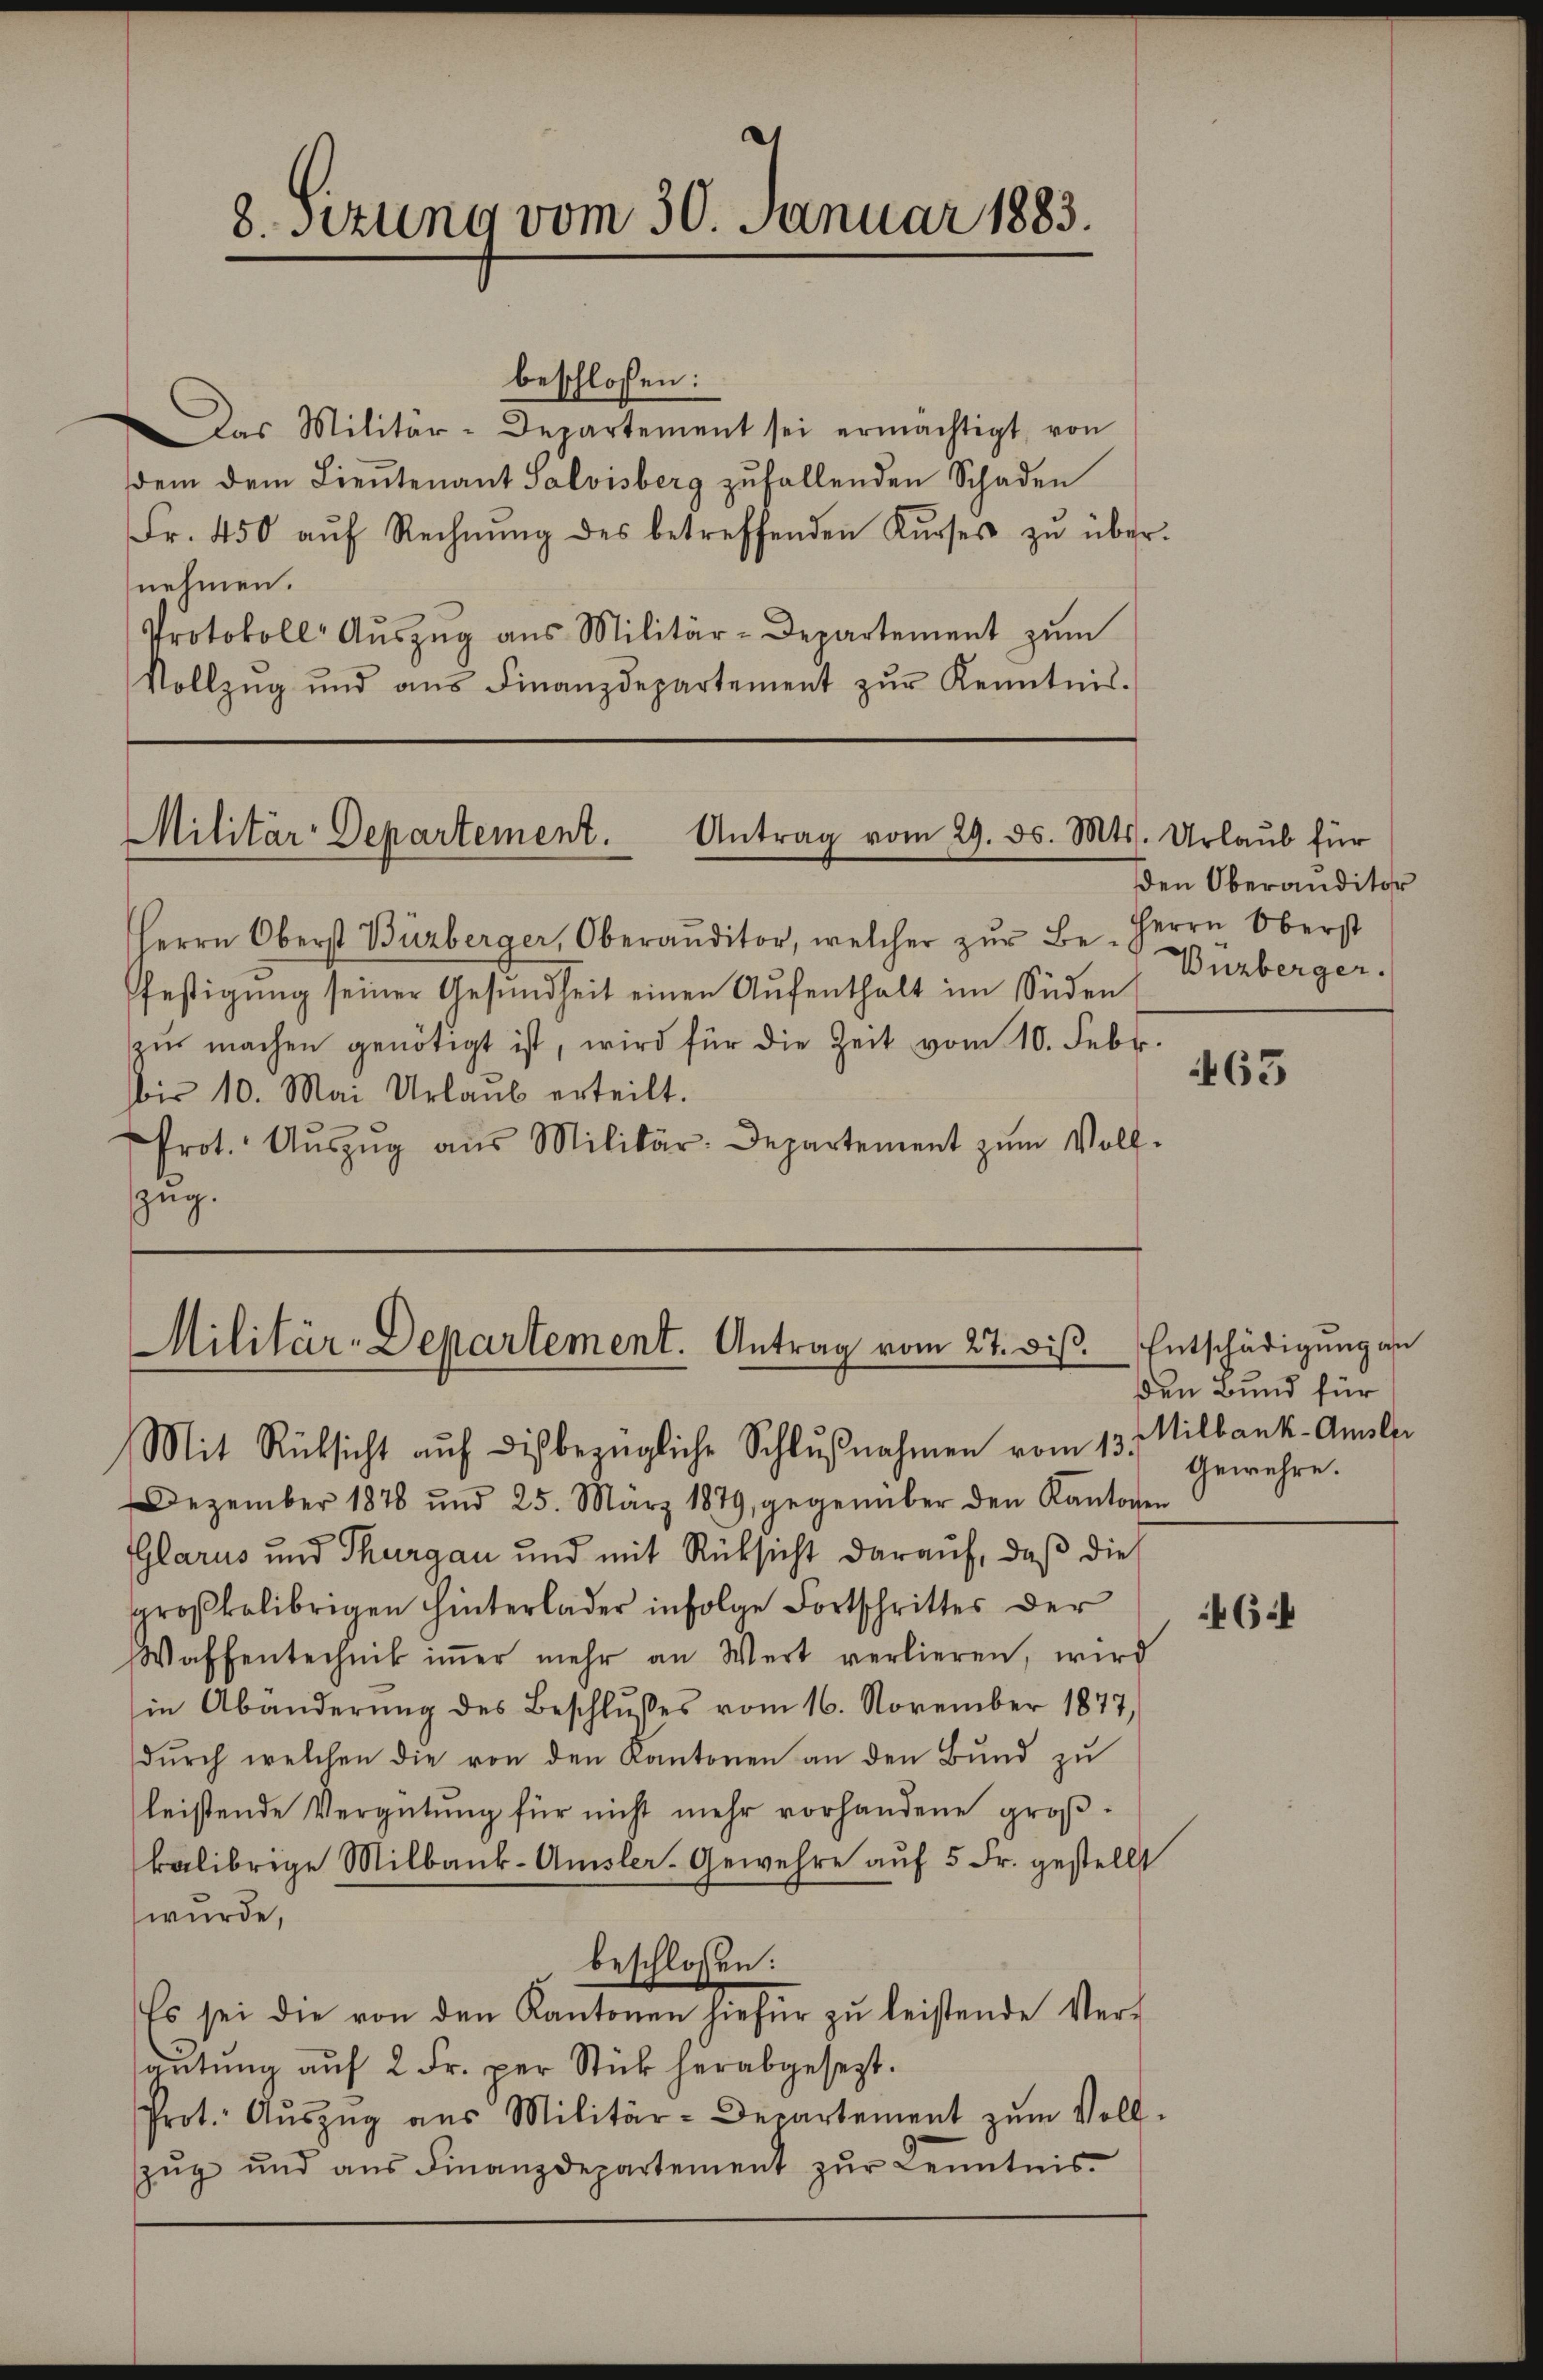
beschlossen:
Das Militär-Departement sei ermächtigt, von
dem dem Lieŭtenant Salvisberg zufallenden Schaden
Fr. 450 aŭf Rechnŭng des betreffenden Kŭrses zŭ über-
nehmen.
Protokoll Aŭszŭg aŭs Militär-Departement zŭm
Vollzŭg und ans Finanzdepartement zŭr Kenntnis.

8. Setzung vom 30. Januar 1883.

Antrag vom 29. ds. Mts. Urlaub für
Militär-Departement.

Herrn Oberst Bürberger, Oberaŭditor, welcher zŭr Be- Herrn Oberst
festigŭng seiner Gesŭndheit einen Aŭfenthalt im Süden
zŭ machen genötigt ist, wird für die Zeit vom 10. Febr.
bis 10. Mai Urlaŭb erteilt.
Prot. Aŭszŭg aŭs Militär. Departement zŭm Voll-
zug.

Mit Rücksicht aŭf die bezügliche Schlŭβnahmen vom 13. gewehre.

Dezember 1878 und 25. März 1879, gegenüber den Kantonen
Glarus und Thurgau und mit Rüksicht darauf, daß die
großkolibrigen hinterlader infolge Fortschrittes der
Waffentechnik iṁer mehr an Wert verlieren, wird
in Abänderŭng des Beschlŭsses vom 16. November 1877,
durch welchen die von den Kantonen an den Bund zu
leistende Vergütung für nicht mehr vorhandene großkalibrige Milbank-Amsler-Gewehre auf 5 Fr. gestellt
wurde,
beschlossen:
Es sei die von den Kantonen hiefür zu leistende Ver-
aŭtŭng aŭf 2 Fr. per Stück herabgesezt.
Prot. Aŭszŭg aŭs Militär-Departement zŭm Voll-
zŭg und aŭs Finanzdepartement zŭr Kenntnis-

Militär-Departement. Antrag vom 27. diβ. Entschädigung an

Den Oberauditor
Buzberger.

463

den Bund für
Milbank-Amsler

64